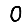
Digit: 0